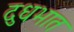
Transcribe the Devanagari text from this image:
दुधभात